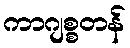
ကာဂျစ္စတန်